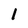
Character: i